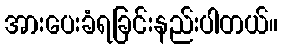
အားပေးခံရခြင်းနည်းပါတယ်။